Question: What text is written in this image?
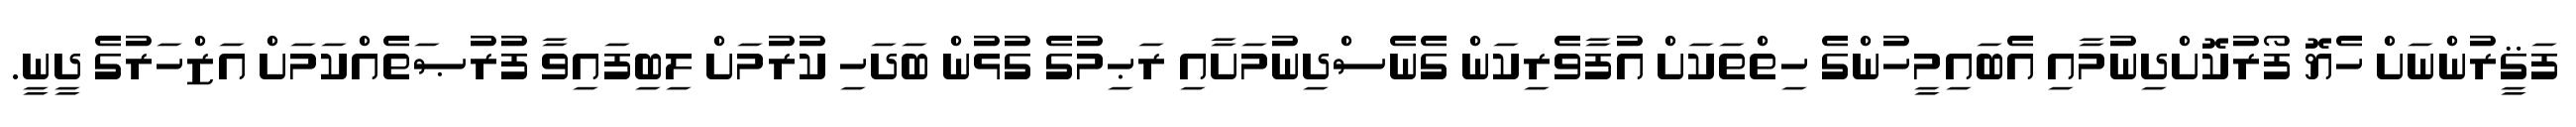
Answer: ފަޤީރުންނަށް ހެޔޮ ފޯރުކޮށްދިނުމާއި އެބައިމީހުންގެ ހިތްތަކަށް އުފާވެރިކަން ގެނެސްދިނުމަށާއި ރަޙިމުގެ ގުޅުން ބަދަހި ކުރުމަށް ލިބިފައިވާ ފުރުޞަތެއްކަމަށް އަޒްހަރުގެ ދީނީ.